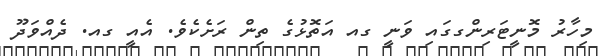
މިހާރު މޮނީޓަރިންގގައި ވަނީ ގއ އަތޮޅުގެ ތިން ރަށެކެވެ. އެއީ ގއ. ދެއްވަދޫ